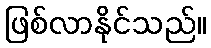
ဖြစ်လာနိုင်သည်။